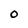
Character: O